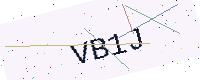
Text: VB1J